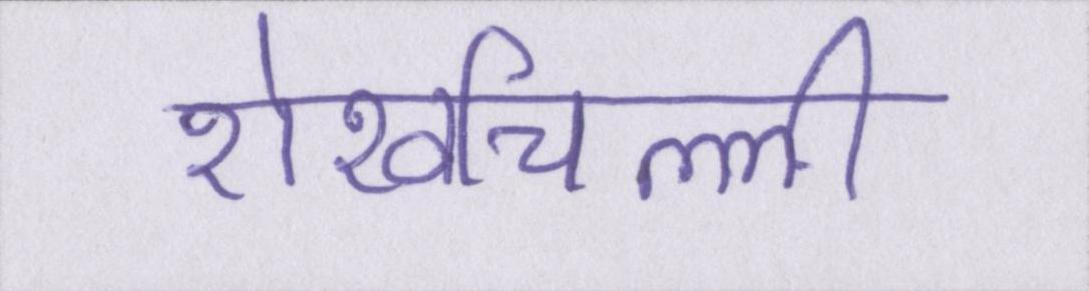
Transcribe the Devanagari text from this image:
शेखचिल्ली